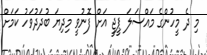
މި ދެ މީހުންގެ މައްސަލަ ޕީޖީ އަށް ފޮނުވީ މިދިޔަ ބުދަދުވަހު ކަމަށް